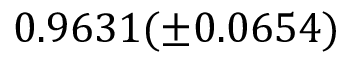
0 . 9 6 3 1 ( \pm 0 . 0 6 5 4 )